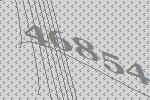
46854